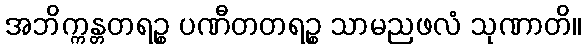
အဘိက္ကန္တတရဉ္စ ပဏီတတရဉ္စ သာမညဖလံ သုဏာတိ။